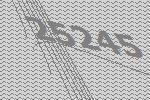
25245